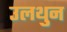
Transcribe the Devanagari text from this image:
उलथुन